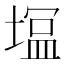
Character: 𭏛